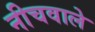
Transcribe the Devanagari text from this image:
नीचवाले